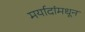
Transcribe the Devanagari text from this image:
मर्यादांमधून